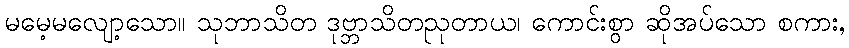
မမေ့မလျော့သော။ သုဘာသိတ ဒုဗ္ဘာသိတညုတာယ၊ ကောင်းစွာ ဆိုအပ်သော စကား,